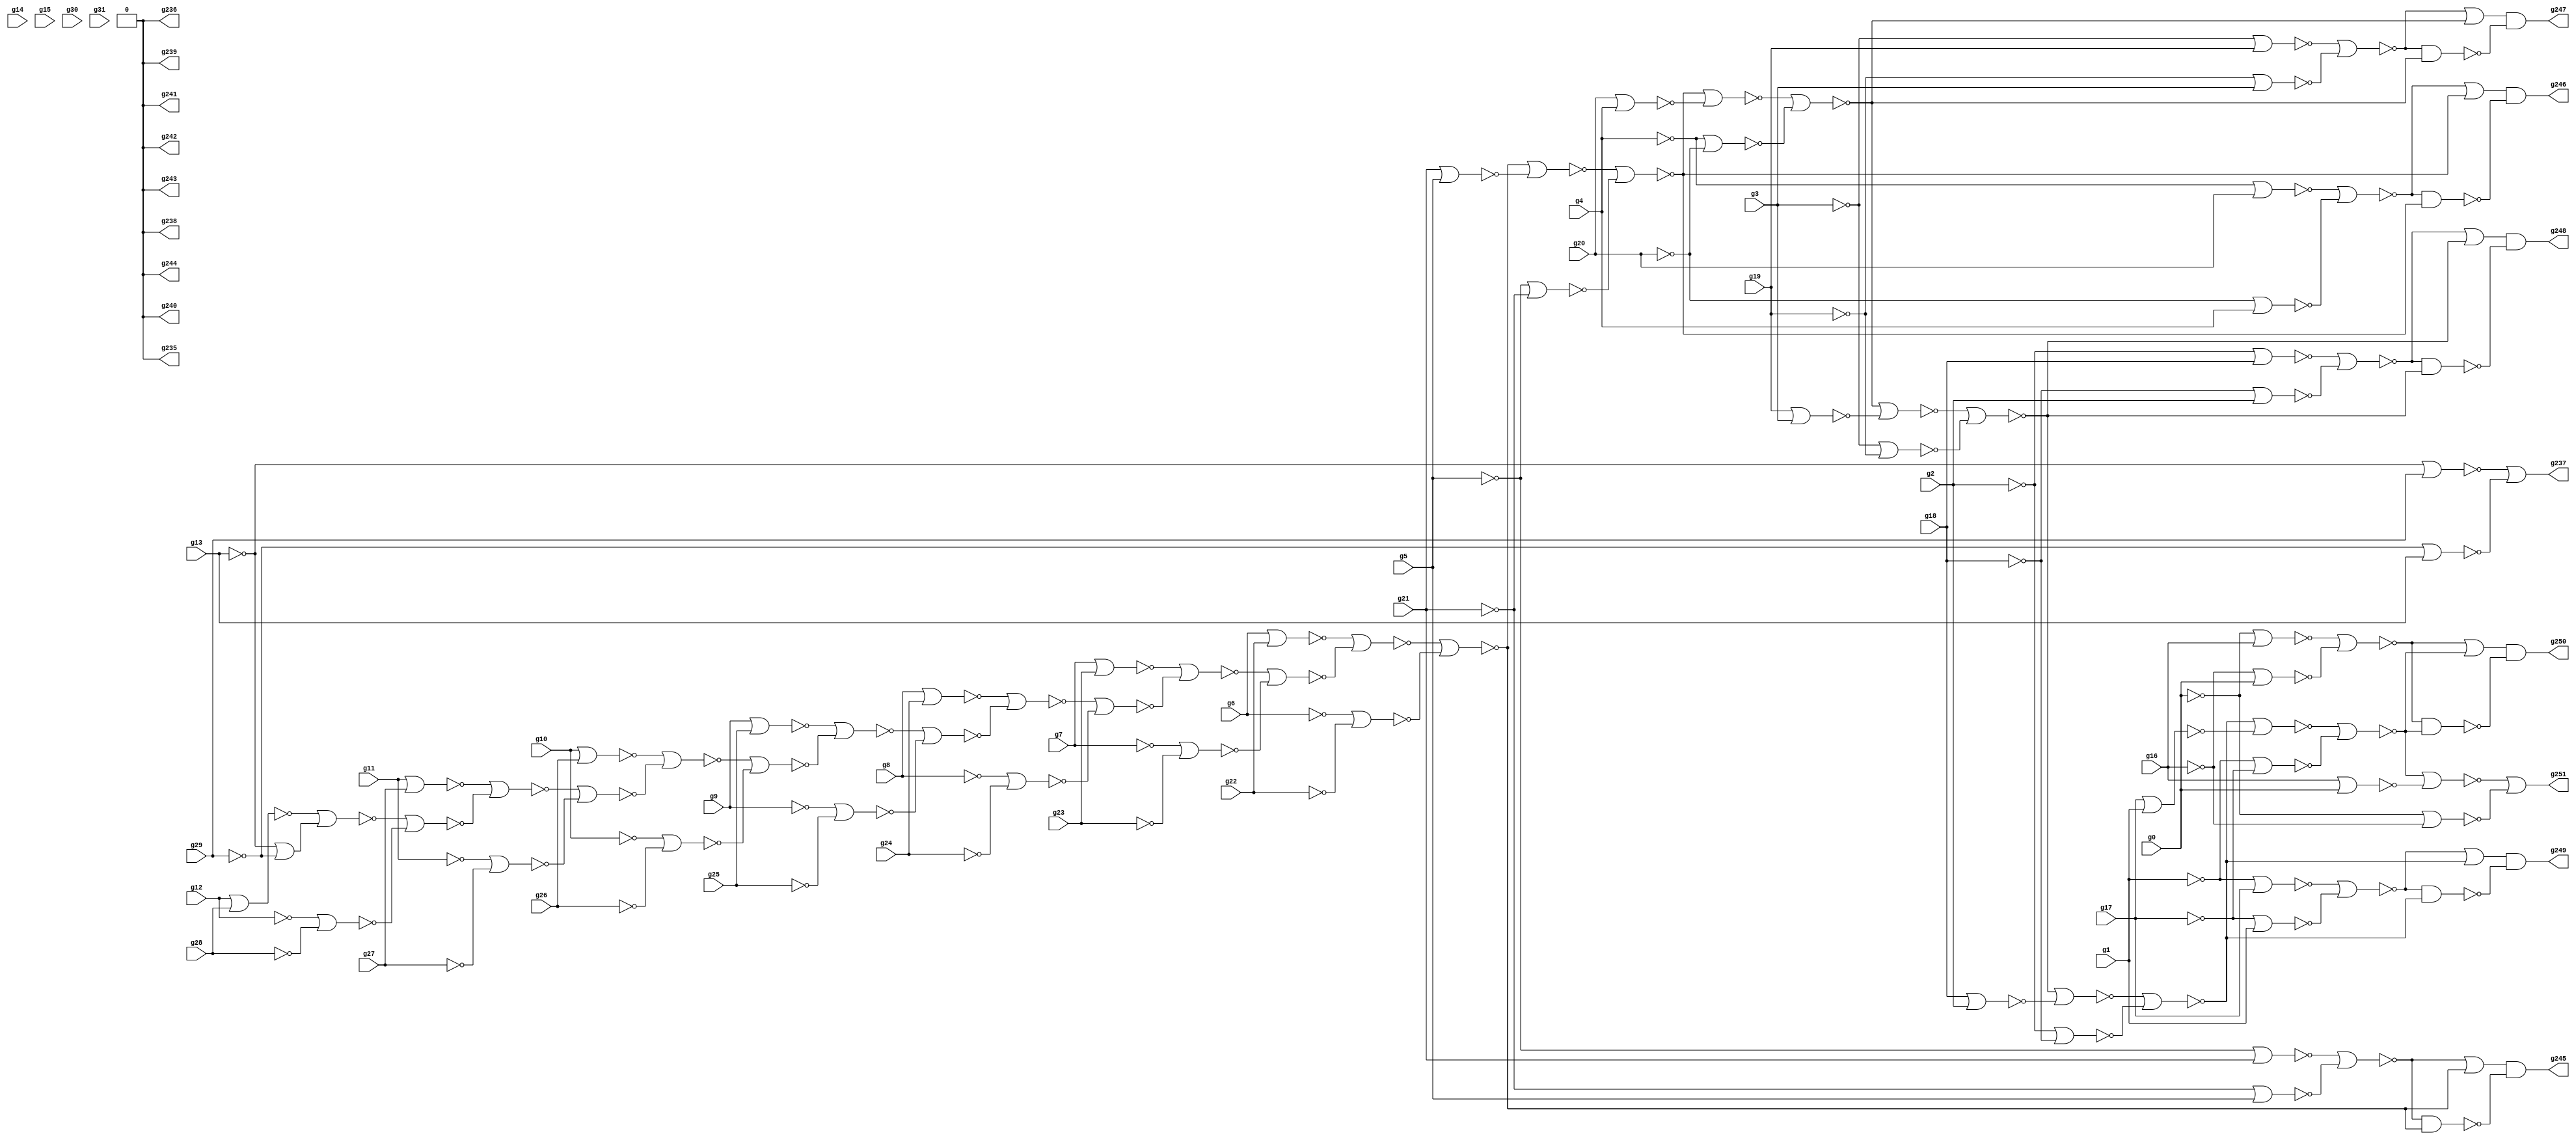
// Benchmark "circuit" written by ABC on Sun Jul  8 15:05:00 2018

module circuit ( 
    g0, g1, g2, g3, g4, g5, g6, g7, g8, g9, g10, g11, g12, g13, g14, g15,
    g16, g17, g18, g19, g20, g21, g22, g23, g24, g25, g26, g27, g28, g29,
    g30, g31,
    g251, g250, g249, g248, g247, g246, g245, g244, g243, g242, g241, g240,
    g239, g238, g237, g236, g235  );
  input  g0, g1, g2, g3, g4, g5, g6, g7, g8, g9, g10, g11, g12, g13, g14,
    g15, g16, g17, g18, g19, g20, g21, g22, g23, g24, g25, g26, g27, g28,
    g29, g30, g31;
  output g251, g250, g249, g248, g247, g246, g245, g244, g243, g242, g241,
    g240, g239, g238, g237, g236, g235;
  wire g36, g37, g38, g39, g40, g41, g42, g43, g44, g45, g46, g47, g48, g49,
    g50, g51, g52, g53, g54, g55, g56, g57, g58, g59, g60, g61, g62, g63,
    g64, g73, g74, g75, g76, g77, g78, g79, g80, g81, g82, g83, g84, g85,
    g86, g87, g88, g89, g90, g91, g92, g93, g94, g95, g96, g97, g98, g99,
    g100, g101, g102, g103, g104, g105, g106, g107, g108, g109, g110, g111,
    g112, g113, g114, g115, g116, g117, g118, g119, g120, g121, g122, g123,
    g124, g125, g126, g127, g128, g129, g130, g131, g132, g133, g134, g135,
    g136, g137, g138, g139, g140, g141, g142, g143, g144, g145, g146, g147,
    g148, g149, g150, g151, g152, g153, g154, g155, g156, g157, g158, g159,
    g160, g161, g162, g170, g171, g172, g173, g174, g175, g220, g228, g229,
    g230, g231, g232, g233, g234, \0 ;
  assign g36 = ~g21;
  assign g37 = ~g5 | ~g36;
  assign g38 = ~g5;
  assign g39 = ~g21 | ~g38;
  assign g40 = ~g37 | ~g39;
  assign g41 = ~g6;
  assign g42 = ~g22;
  assign g43 = ~g41 | ~g42;
  assign g44 = ~g7;
  assign g45 = ~g23;
  assign g46 = ~g44 | ~g45;
  assign g47 = ~g8;
  assign g48 = ~g24;
  assign g49 = ~g47 | ~g48;
  assign g50 = ~g9;
  assign g51 = ~g25;
  assign g52 = ~g50 | ~g51;
  assign g53 = ~g10;
  assign g54 = ~g26;
  assign g55 = ~g53 | ~g54;
  assign g56 = ~g11;
  assign g57 = ~g27;
  assign g58 = ~g56 | ~g57;
  assign g59 = ~g12;
  assign g60 = ~g28;
  assign g61 = ~g59 | ~g60;
  assign g62 = ~g13;
  assign g63 = ~g29;
  assign g64 = ~g62 | ~g63;
  assign g73 = ~g64 | ~\0 ;
  assign g74 = ~g13 | ~g29;
  assign g75 = ~g73 | ~g74;
  assign g76 = ~g61 | ~g75;
  assign g77 = ~g12 | ~g28;
  assign g78 = ~g76 | ~g77;
  assign g79 = ~g58 | ~g78;
  assign g80 = ~g11 | ~g27;
  assign g81 = ~g79 | ~g80;
  assign g82 = ~g55 | ~g81;
  assign g83 = ~g10 | ~g26;
  assign g84 = ~g82 | ~g83;
  assign g85 = ~g52 | ~g84;
  assign g86 = ~g9 | ~g25;
  assign g87 = ~g85 | ~g86;
  assign g88 = ~g49 | ~g87;
  assign g89 = ~g8 | ~g24;
  assign g90 = ~g88 | ~g89;
  assign g91 = ~g46 | ~g90;
  assign g92 = ~g7 | ~g23;
  assign g93 = ~g91 | ~g92;
  assign g94 = ~g43 | ~g93;
  assign g95 = ~g6 | ~g22;
  assign g96 = ~g94 | ~g95;
  assign g97 = ~g40 | ~g96;
  assign g98 = ~g97;
  assign g99 = ~g40 & ~g96;
  assign g100 = ~g20;
  assign g101 = ~g4 | ~g100;
  assign g102 = ~g4;
  assign g103 = ~g20 | ~g102;
  assign g104 = ~g101 | ~g103;
  assign g105 = ~g36 | ~g38;
  assign g106 = ~g96 | ~g105;
  assign g107 = ~g5 | ~g21;
  assign g108 = ~g106 | ~g107;
  assign g109 = ~g104 | ~g108;
  assign g110 = ~g109;
  assign g111 = ~g104 & ~g108;
  assign g112 = ~g19;
  assign g113 = ~g3 | ~g112;
  assign g114 = ~g3;
  assign g115 = ~g19 | ~g114;
  assign g116 = ~g113 | ~g115;
  assign g117 = ~g100 | ~g102;
  assign g118 = ~g108 | ~g117;
  assign g119 = ~g4 | ~g20;
  assign g120 = ~g118 | ~g119;
  assign g121 = ~g116 | ~g120;
  assign g122 = ~g121;
  assign g123 = ~g116 & ~g120;
  assign g124 = ~g18;
  assign g125 = ~g2 | ~g124;
  assign g126 = ~g2;
  assign g127 = ~g18 | ~g126;
  assign g128 = ~g125 | ~g127;
  assign g129 = ~g112 | ~g114;
  assign g130 = ~g120 | ~g129;
  assign g131 = ~g3 | ~g19;
  assign g132 = ~g130 | ~g131;
  assign g133 = ~g128 | ~g132;
  assign g134 = ~g133;
  assign g135 = ~g128 & ~g132;
  assign g136 = ~g17;
  assign g137 = ~g1 | ~g136;
  assign g138 = ~g1;
  assign g139 = ~g17 | ~g138;
  assign g140 = ~g137 | ~g139;
  assign g141 = ~g124 | ~g126;
  assign g142 = ~g132 | ~g141;
  assign g143 = ~g2 | ~g18;
  assign g144 = ~g142 | ~g143;
  assign g145 = ~g140 | ~g144;
  assign g146 = ~g145;
  assign g147 = ~g140 & ~g144;
  assign g148 = ~g16;
  assign g149 = ~g0 | ~g148;
  assign g150 = ~g0;
  assign g151 = ~g16 | ~g150;
  assign g152 = ~g149 | ~g151;
  assign g153 = ~g136 | ~g138;
  assign g154 = ~g144 | ~g153;
  assign g155 = ~g1 | ~g17;
  assign g156 = ~g154 | ~g155;
  assign g157 = ~g152 | ~g156;
  assign g158 = ~g157;
  assign g159 = ~g152 & ~g156;
  assign g160 = ~g148 | ~g150;
  assign g161 = ~g156 | ~g160;
  assign g162 = ~g0 | ~g16;
  assign g170 = ~g13 | ~g63;
  assign g171 = ~g29 | ~g62;
  assign g172 = ~g170 | ~g171;
  assign g173 = ~\0  | ~g172;
  assign g174 = ~g173;
  assign g175 = ~\0  & ~g172;
  assign g220 = ~g174 & ~g175;
  assign g228 = ~g98 & ~g99;
  assign g229 = ~g110 & ~g111;
  assign g230 = ~g122 & ~g123;
  assign g231 = ~g134 & ~g135;
  assign g232 = ~g146 & ~g147;
  assign g233 = ~g158 & ~g159;
  assign g234 = ~g161 | ~g162;
  assign g235 = \0 ;
  assign g236 = \0 ;
  assign g237 = g220;
  assign g238 = \0 ;
  assign g239 = \0 ;
  assign g240 = \0 ;
  assign g241 = \0 ;
  assign g242 = \0 ;
  assign g243 = \0 ;
  assign g244 = \0 ;
  assign g245 = g228;
  assign g246 = g229;
  assign g247 = g230;
  assign g248 = g231;
  assign g249 = g232;
  assign g250 = g233;
  assign g251 = g234;
  assign \0  = 1'b0;
endmodule